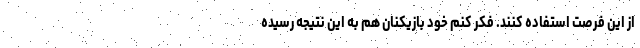
از این فرصت استفاده کنند. فکر کنم خود بازیکنان هم به این نتیجه رسیده